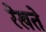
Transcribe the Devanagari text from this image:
रेखते